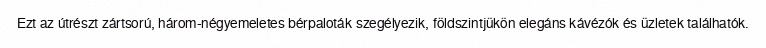
Ezt az útrészt zártsorú, három-négyemeletes bérpaloták szegélyezik, földszintjükön elegáns kávézók és üzletek találhatók.